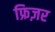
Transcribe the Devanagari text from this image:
फ्रिज़र